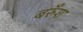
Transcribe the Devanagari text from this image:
बरुँश